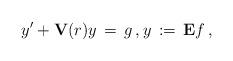
LaTeX: \begin{align*} y'+\mathbf{V}(r)y\,=\,g\,,y\,:=\,\mathbf{E}f\,,\end{align*}